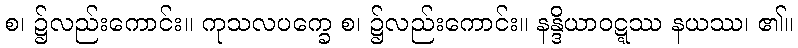
စ၊ ၌လည်းကောင်း။ ကုသလပက္ခေ စ၊ ၌လည်းကောင်း။ နန္ဒိယာဝဋ္ဋဿ နယဿ၊ ၏။